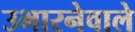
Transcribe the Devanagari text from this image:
उभारनेवाले